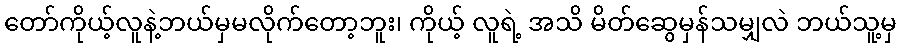
တော်ကိုယ့်လူနဲ့ဘယ်မှမလိုက်တော့ဘူး၊ ကိုယ့် လူရဲ့ အသိ မိတ်ဆွေမှန်သမျှလဲ ဘယ်သူ့မှ